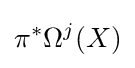
\pi ^{*}\Omega ^{j}(X)